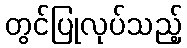
တွင်ပြုလုပ်သည့်